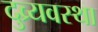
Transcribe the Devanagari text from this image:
दुव्र्यवस्था